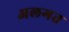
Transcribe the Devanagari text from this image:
अलगत